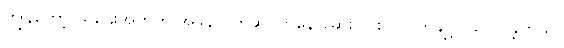
ကျွန်တော့် သူဌေးအတွက် အခွန်လွတ်ဆိုင်ကနေ ဆေးပြင်းလိပ် တချို့ ဝယ်လာခဲ့တယ်။